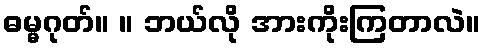
ဓမ္မဂုတ်။ ။ ဘယ်လို အားကိုးကြတာလဲ။